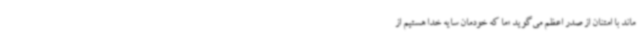
ماند با امتنان از صدر اعظم می‌گوید «ما که خودمان سایه خدا هستیم از